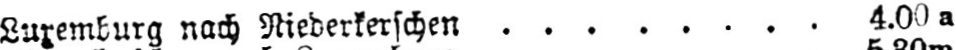
Luxemburg nach Riederkerschen ........ 4.00a